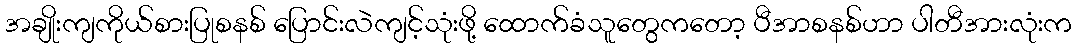
အချိုးကျကိုယ်စားပြုစနစ် ပြောင်းလဲကျင့်သုံးဖို့ ထောက်ခံသူတွေကတော့ ပီအာစနစ်ဟာ ပါတီအားလုံးက